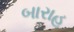
બારાહ